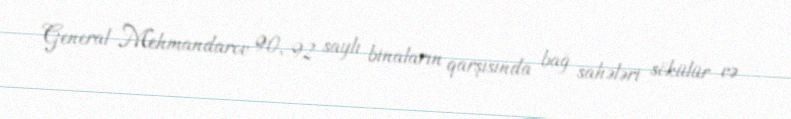
General Mehmandarov 90, 92 saylı binaların qarşısında bağ sahələri sökülür və